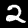
Digit: 2